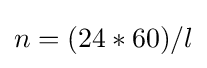
n=(24*60)/l